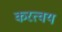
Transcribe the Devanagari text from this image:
करत्वय